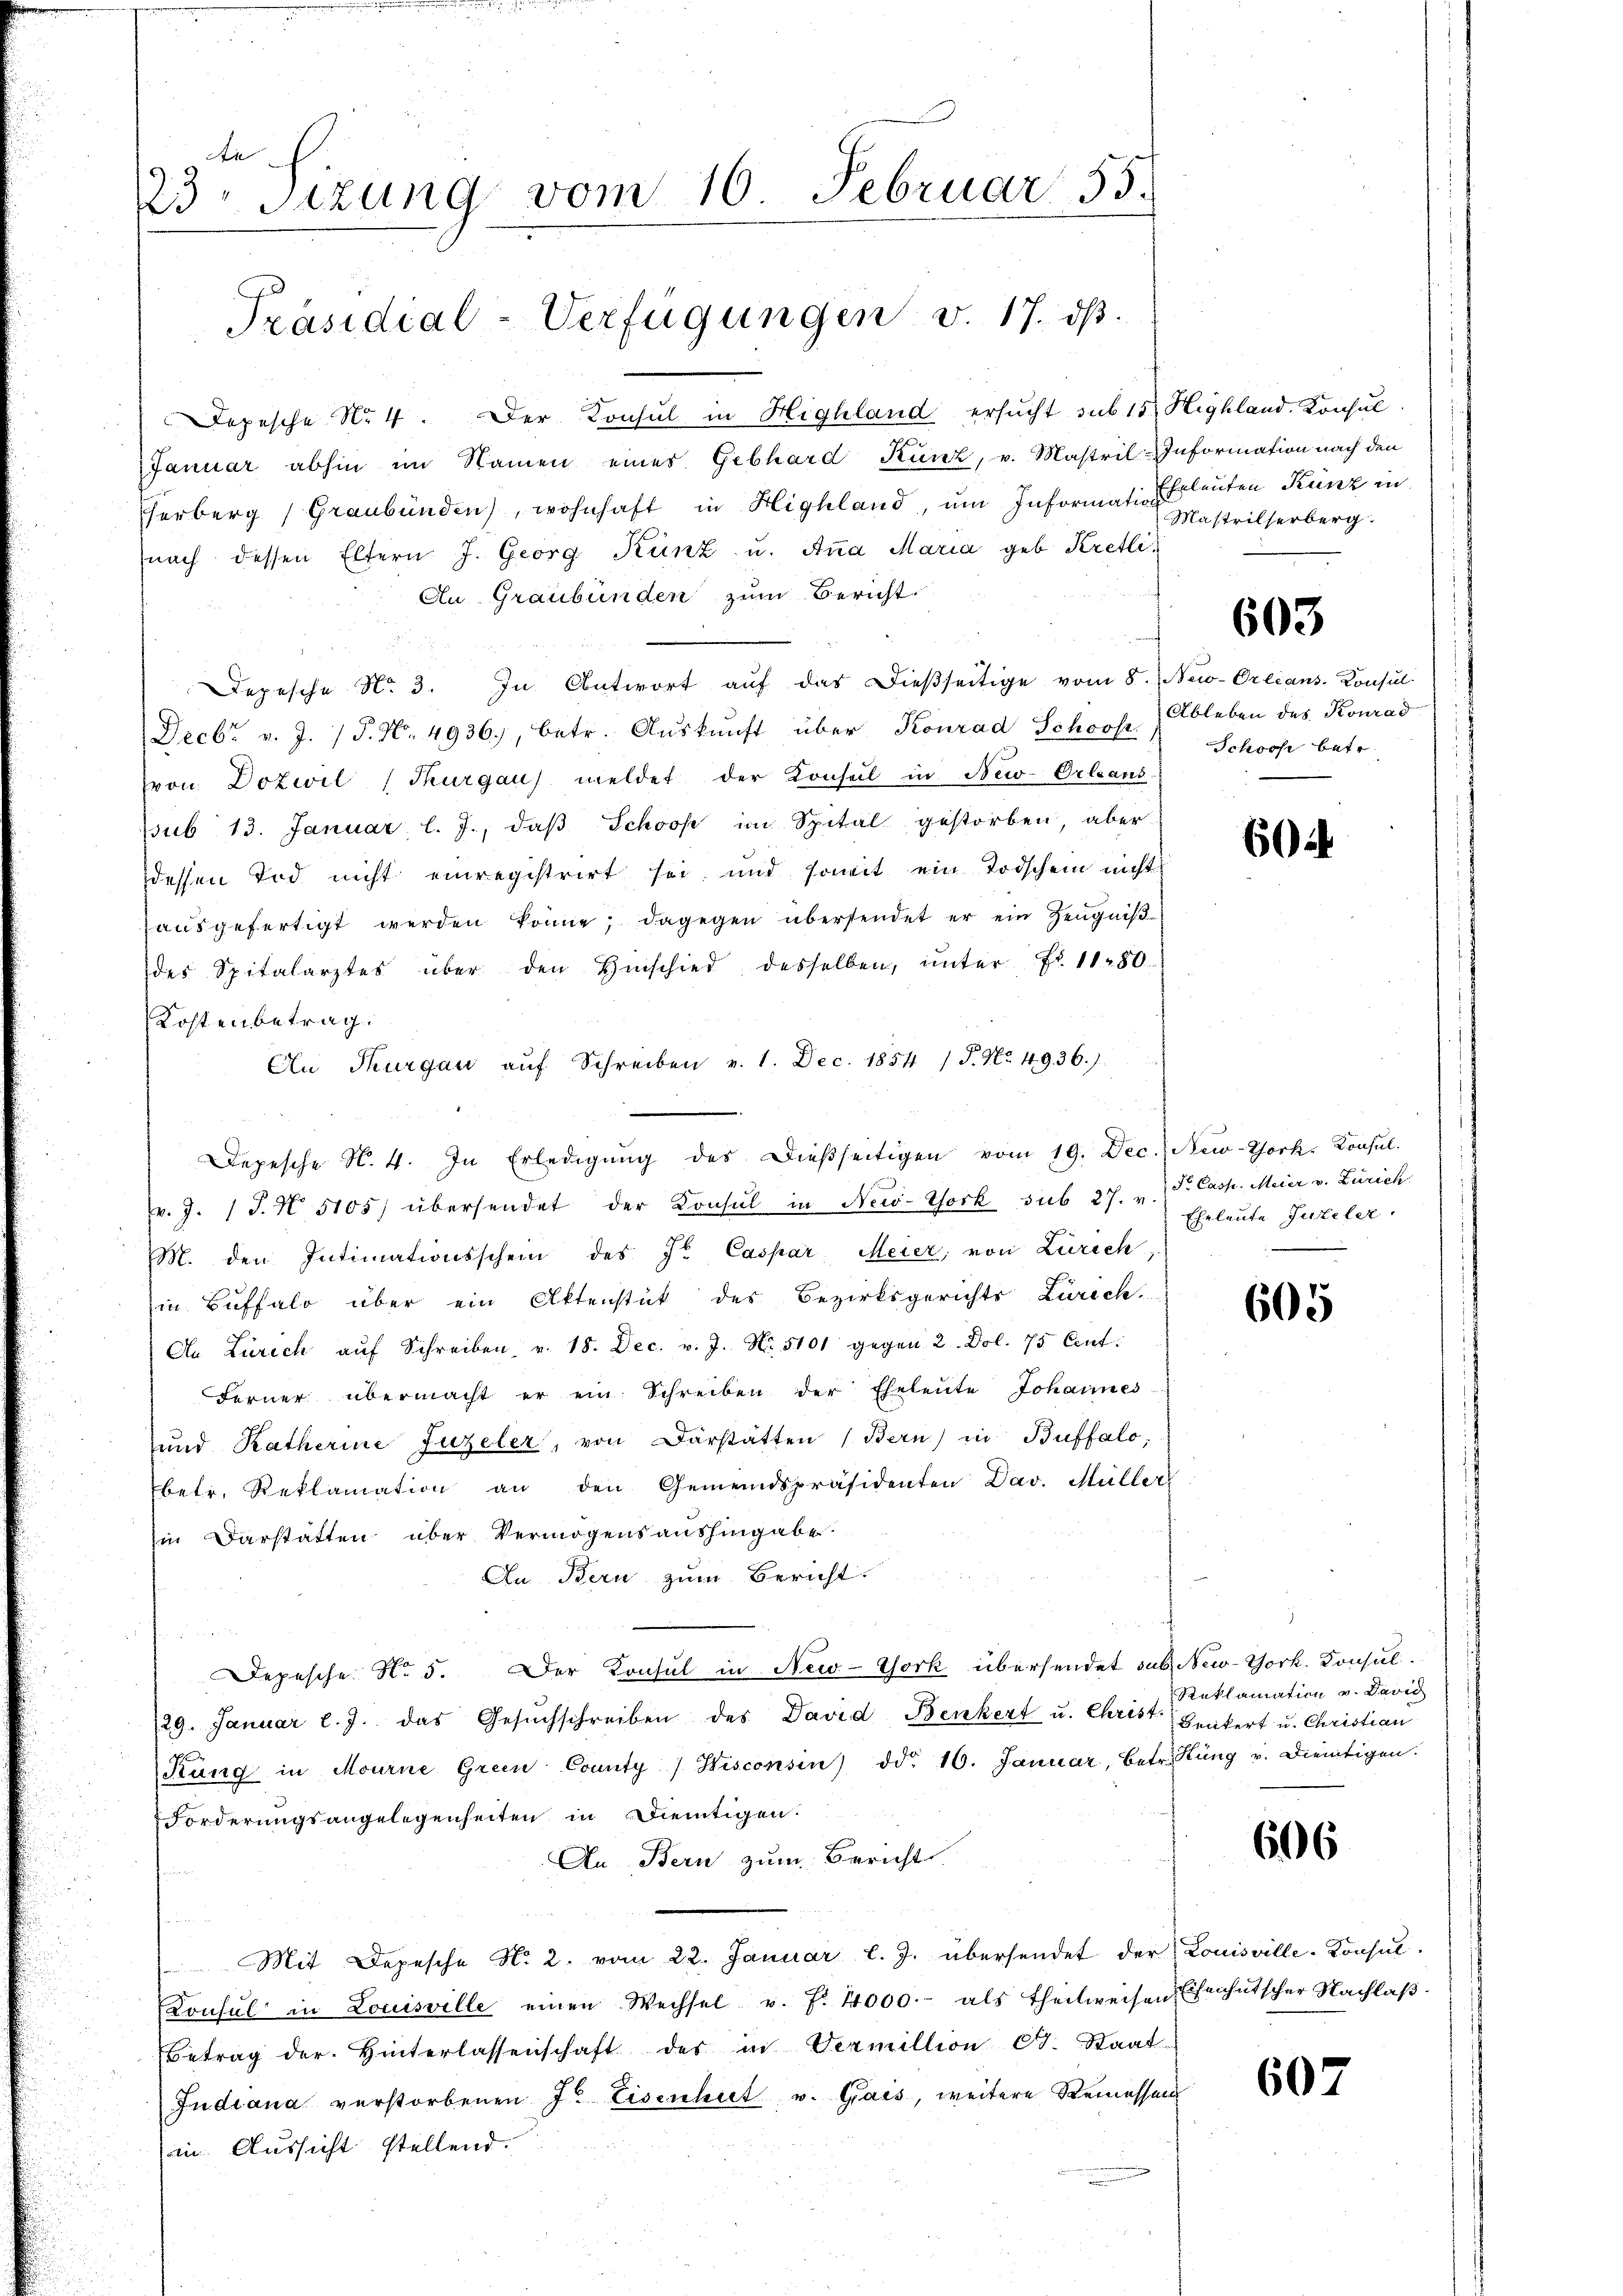
Sie
3 Sizung vom 10 Februar 55.
Präsidial-Verfügungen v. 17. ds.

Depesche No 4. Der Konsul in Highland ersucht sub 15 Highland. Konsul
Januar abhin im Namen eines Gebhard Kunz, v. Mastril-Information nach den
herberg, Graubünden, wohnhaft in Highland, um Informati- Ehrleuten Kunz in
nach dessen Eltern J. Georg Kunz u. Aṅa Maria geb. Kretli¬
Au Graubünden zum Bericht.
Depesche No. 3. In Antwort aŭf das dießseitige vom 8.) New-Orlians. Konsul
Decbr. v. J. P. Nr. 4936., betr. Auskunft über Konrad Schoof.
von Dozwil (Thurgau) meldet der Konseil in New-Orleans-
ssub 13. Januar l. J., daß Schooß im Spital gestorben, aber
dessen Tod nicht einregistrirt sei, und soweit ein Todschein nicht
aŭsgefertigt werden könne; dagegen übersendet er ein Zeugniß
des Spitalarztes über den Hinschied desselben, ŭnter Fr. 11280
Kostenbetrag.
(v. J. J. N. 5105) übersendet der Konsul in New-York sub 27. v. S. Casp. Meier v. Zürich
M. den Intimationsschein des Fr. Caspar Meier, von Zürich
in Buffalo über ein Aktenstück des Bezirksgerichts Zürich.
An Zürich aŭf Schreiben v. 18. Dec. v. J. Nr. 5101 gegen 2. Dol. 75 Crat:
Ferner übermacht er ein Schreiben der Eheleute Johannes
und Ratherine Fuzeler, von Darstatten (Bern in Buffalo,
betr. Reklamation an den Gemeindspräsidenten Dav. Müller
in Darstatten über Vermögensaushingabe
An Bern zum Bericht.
Depesche No. 5. Der Konsul in New-York übersendet sub. New-York. Konsul¬
29. Januar l. J. das Gesŭchschreiben des David Benkert u. Christ Brakert u. Christian
Rung in Mourne Green County Hisconsen) dd. 10. Januar, betr. Küng v. Dientigen.
Forderungsangelegenheiten in Dientigen.
An Bern zum Bericht
Mit Depesche No. 2. vom 22. Januar l. J. übersendet der Louisville-Konsul
Konsul in Louisville einen Wechsel u. f. 4000.- als theilweisen Ehenhutscher Nachlaβ.
Betrag der Hinterlassenschaft der in Vermillion Dr. Staat
Judiana verstorbenen J. Eisenheit v. Gais, weitere Remessen
in Aussicht stellend.

An Thurgau aŭf Schreiben v. 1. Dec. 1854 / P. Nr. 4936.)
Depesche N. 4. In Erledigŭng des dießseitigen vom 19. Dec. New-York, Konsul

Mastrilserberg.

603

Ableben des Konrad
Schoos betr.

604

Eheleute Guteler.

605

Reklamation v. David

606

607